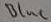
Text: Blue